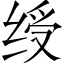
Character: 绶